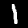
Label: 1